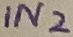
Text: IN2